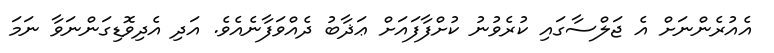
އެއުރެންނަށް އެ ޖަލްސާގައި ކުުރެވުނު ކުށްފާފައަށް ޢަޛާބު ދެއްވަފާނެއެވެ. އަދި އެދިވޮޑިގަންނަވާ ނަމަ